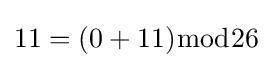
11=(0+11){\bmod {2}}6